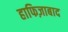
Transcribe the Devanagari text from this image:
हाफिज़ाबाद